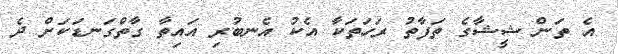
އެ ތަން ޝީޝާގެ ތަފާތު ރަހަތަކާ އެކު އެނބުރި އައިތާ ގާތްގަނޑަކަށް ދެ